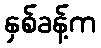
နှစ်ခန့်က